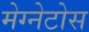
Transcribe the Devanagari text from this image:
मेग्नेटोस